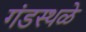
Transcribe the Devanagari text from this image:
गंडस्थळे